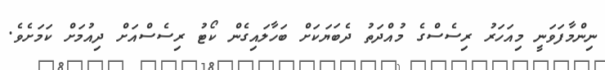
ނިންމާފަވަނީ މިއަހަރު ރިސެސްގެ މުއްދަތު ދެބަޔަކަށް ބަހާލައިގެން ކޯޓު ރިސެސްއަށް ދިއުމަށް ކަމަށެވެ.